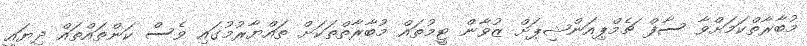
މުބާރާތްކަމަށްވާ ސާފް ޗެމްޕިއަންޝިޕަށް ޒުވާން ޓީމުތައް މުބާރާތްތަކަށް ތައްޔާރުމުގައި ވެސް ކަންތައްތައް ދިޔައީ